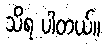
သိရ ပါတယ်။